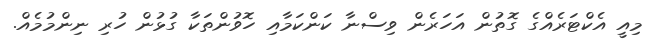
މިއީ އެކްޓަރެއްގެ ގޮތުން އަހަރެން ވިސްނާ ކަންކަމާއި ހޮވުންތަކާ ގުޅުން ހުރި ނިންމުމެއް.